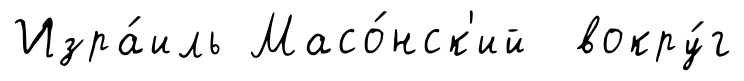
Изра́иль Масо́нск'ий вокру́г